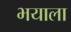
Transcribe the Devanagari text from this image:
भयाला